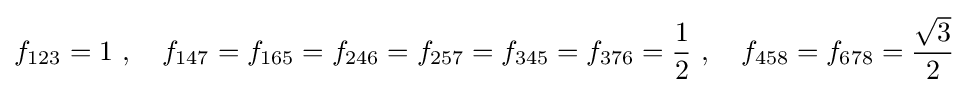
f_{123}=1\ ,\quad f_{147}=f_{165}=f_{246}=f_{257}=f_{345}=f_{376}={\frac {1}{2}}\ ,\quad f_{458}=f_{678}={\frac {\sqrt {3}}{2}}\